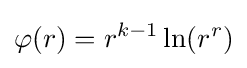
\varphi (r)=r^{k-1}\ln(r^{r})